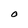
Character: O